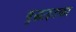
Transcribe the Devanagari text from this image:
बुद्धाइतका